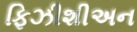
ફિઝીશીઅન